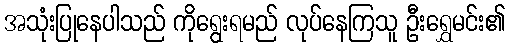
အသုံးပြုနေပါသည် ကိုရွေးရမည် လုပ်နေကြသူ ဦးရွှေမင်း၏